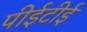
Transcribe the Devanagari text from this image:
पीईटीई